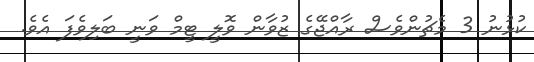
ކުޅުނު 3 މެޗުންވެސް ރާއްޖޭގެ ޒުވާން ވޮލީ ޓީމް ވަނީ ބަލިވެފަ އެވެ.